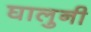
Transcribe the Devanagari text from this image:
घालुनी